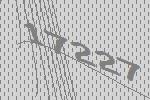
17227